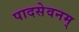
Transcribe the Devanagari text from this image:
पादसेवनम्